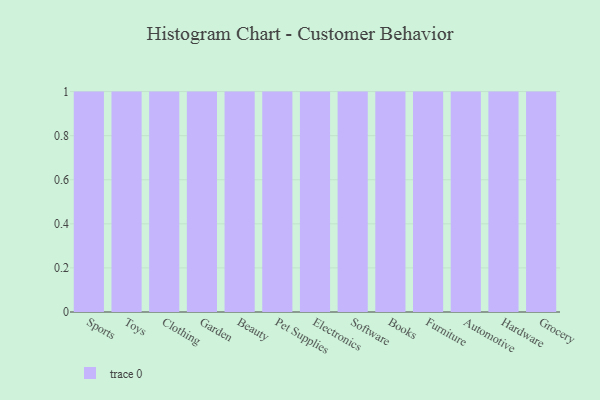
{"axis": {"x": "Category", "y": "Churn Rate (%)"}, "legend": [""], "data": [{"x": "Sports", "y": 62, "type": ""}, {"x": "Toys", "y": 53, "type": ""}, {"x": "Clothing", "y": 99, "type": ""}, {"x": "Garden", "y": 55, "type": ""}, {"x": "Beauty", "y": 25, "type": ""}, {"x": "Pet Supplies", "y": 84, "type": ""}, {"x": "Electronics", "y": 49, "type": ""}, {"x": "Software", "y": 79, "type": ""}, {"x": "Books", "y": 9, "type": ""}, {"x": "Furniture", "y": 73, "type": ""}, {"x": "Automotive", "y": 48, "type": ""}, {"x": "Hardware", "y": 39, "type": ""}, {"x": "Grocery", "y": 17, "type": ""}]}